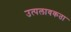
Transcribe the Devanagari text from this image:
उत्पलावकता